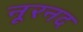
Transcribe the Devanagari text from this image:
नूरनद